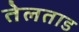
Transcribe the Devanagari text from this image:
तेलताड